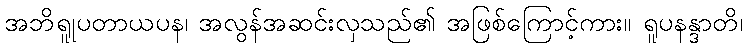
အဘိရူုပတာယပန၊ အလွန်အဆင်းလှသည်၏ အဖြစ်ကြောင့်ကား။ ရူပနန္ဒာတိ၊